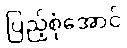
ပြည့်စုံအောင်